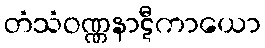
တံသံဝဏ္ဏနာဋီကာယော